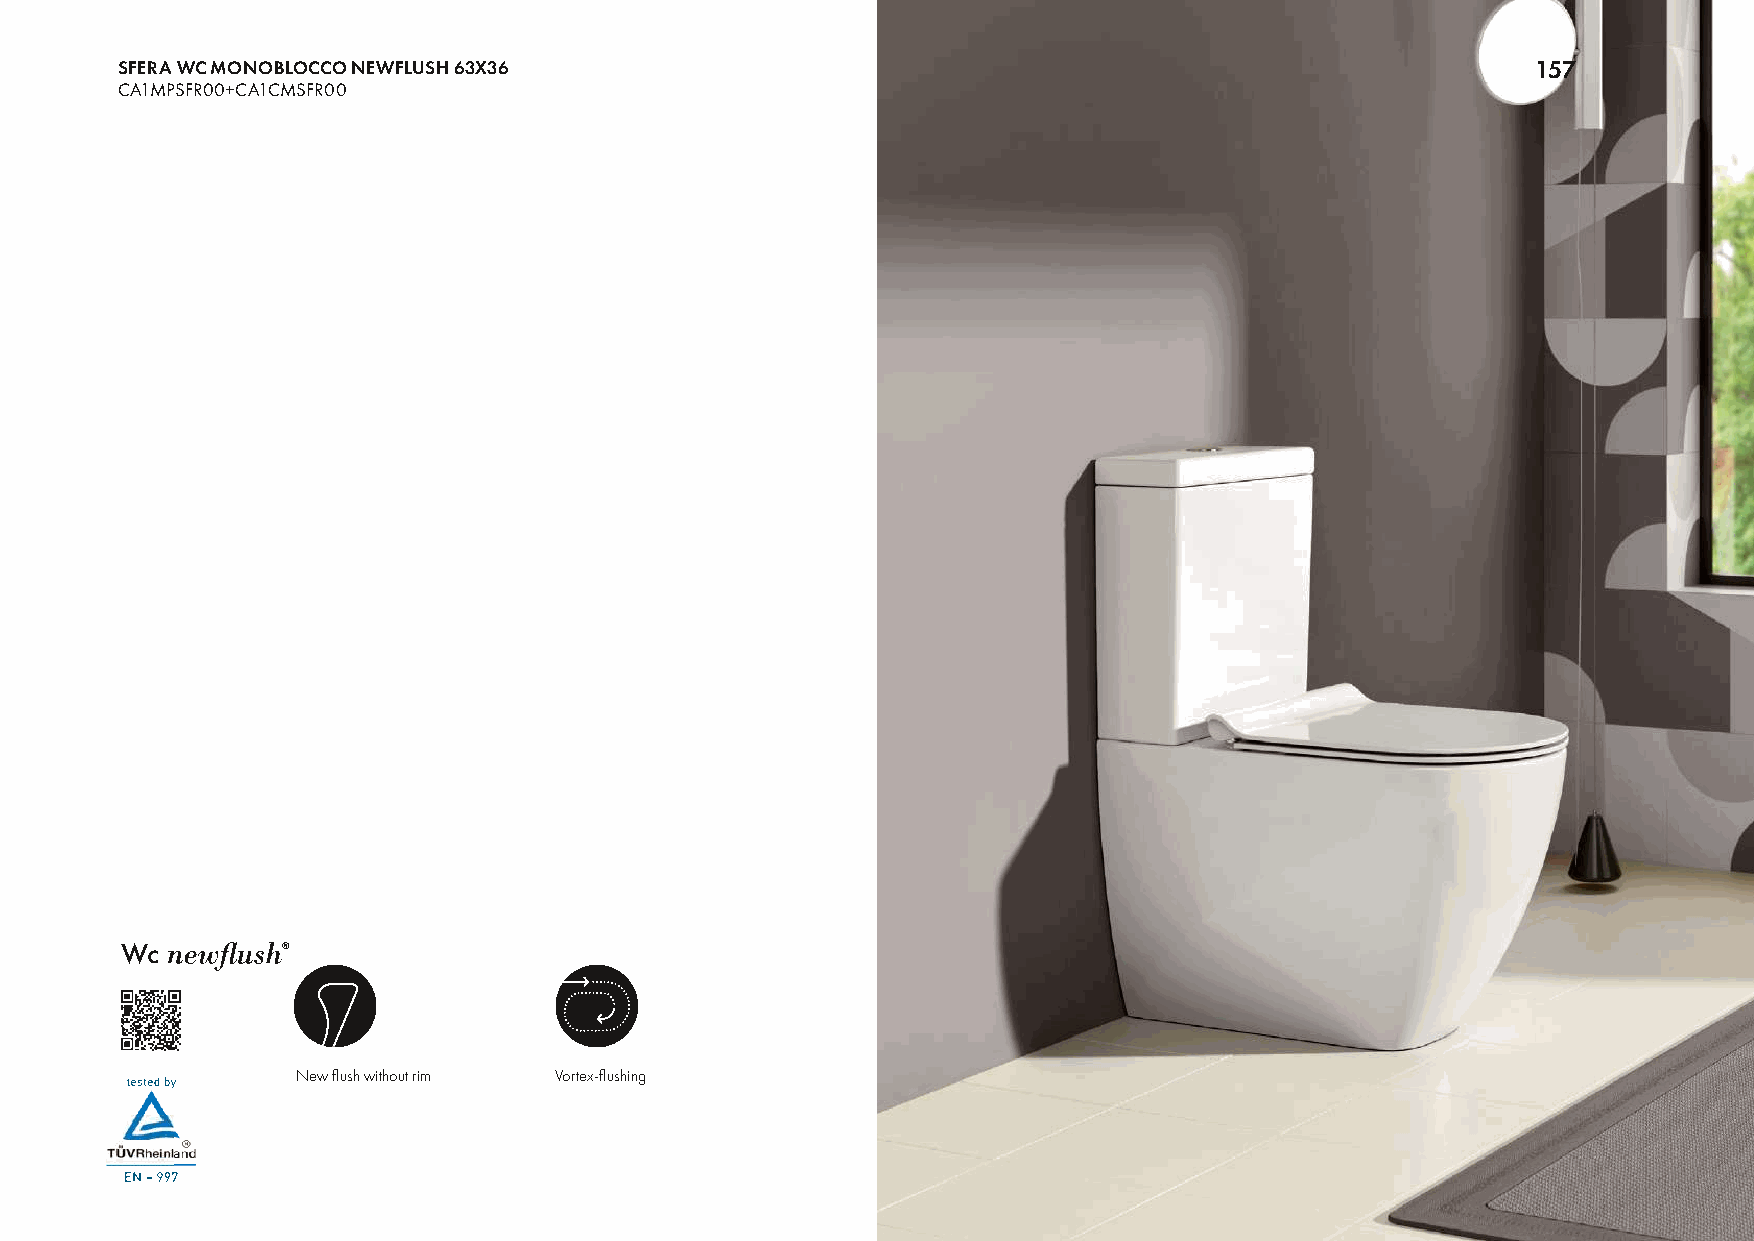
SFERA WC MONOBLOCCO NEWFLUSH 63X36                                                            157
 CA1MPSFR00+CA1CMSFR00
 Wc
 New flush without rim Vortex-flushing